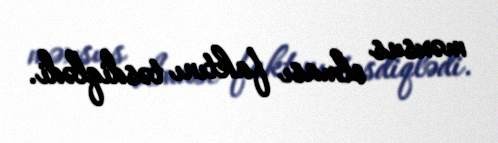
məxsus olması faktını təsdiqlədi.